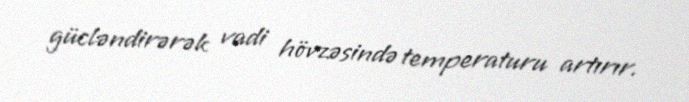
gücləndirərək vadi hövzəsində temperaturu artırır.